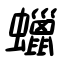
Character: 蠟